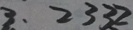
3 . 2 3 3 2